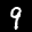
Label: 9